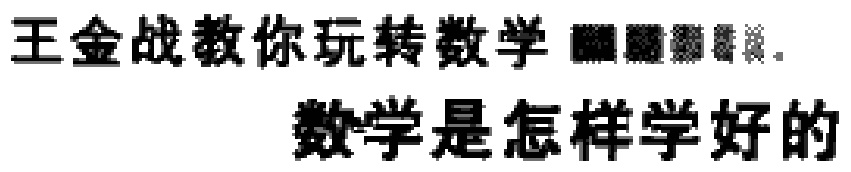
王金战教你玩转数学  。
数学是怎样学好的